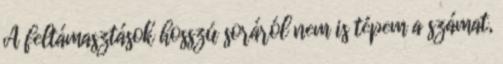
A feltámasztások hosszú soráról nem is tépem a számat,